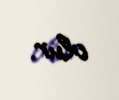
olur.